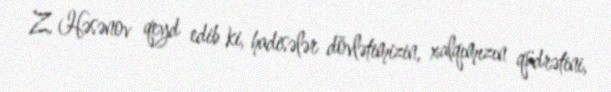
Z. Həsənov qeyd edib ki, hadisələr dövlətimizin, xalqımızın qüdrətini,